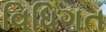
વિધિગત